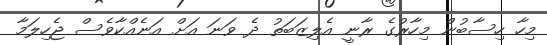
މިހާ ހިސާބުން މިހާރުގެ ރާނީ އެލިޒަބަތު ދެ ވަނަ އަށް އަނެއްކާވެސް ޖެހިލަމާ